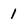
Character: 1